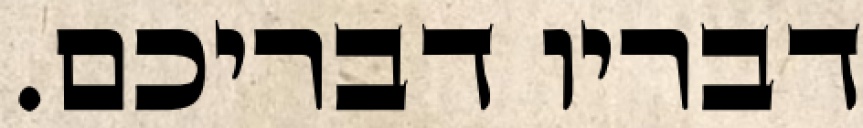
דבריו דבריכם.